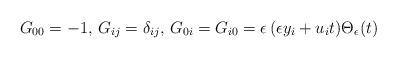
LaTeX: \begin{align*}G_{00} = -1, \, G_{ij} = \delta_{ij}, \,G_{0i} = G_{i0} = \epsilon\,(\epsilon y_i + u_i t) \Theta_{\epsilon} (t) \end{align*}